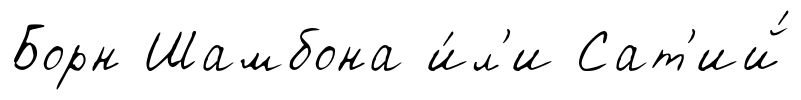
Борн Шамбона и́л'и Сат'ий́